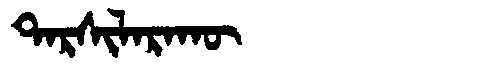
Manchu: ᡨᠠᡵᠰᡳᠯᠠᡵᠠᡴᡡ
Romanization: TARSILARAKŪ